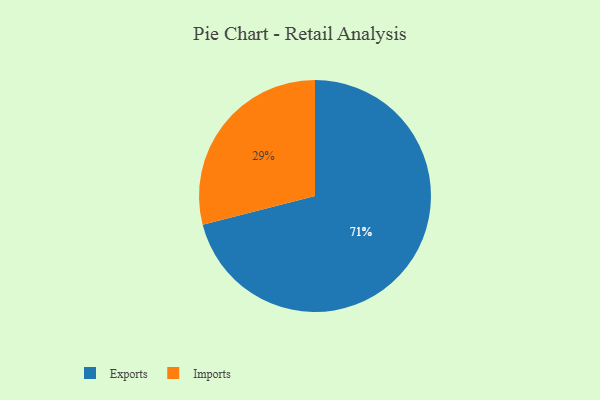
{"axis": {"x": "Category", "y": "Percentage"}, "legend": ["Exports", "Imports"], "data": [{"x": "Imports", "y": 29, "type": "Imports"}, {"x": "Exports", "y": 71, "type": "Exports"}]}